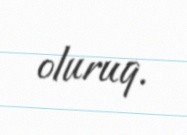
oluruq.